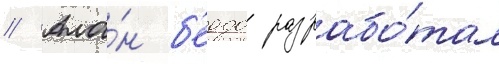
// Ала́н б'еддо разрабо́тал